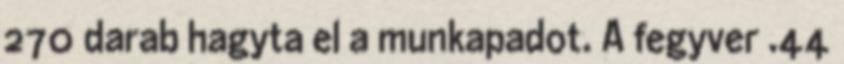
270 darab hagyta el a munkapadot. A fegyver .44